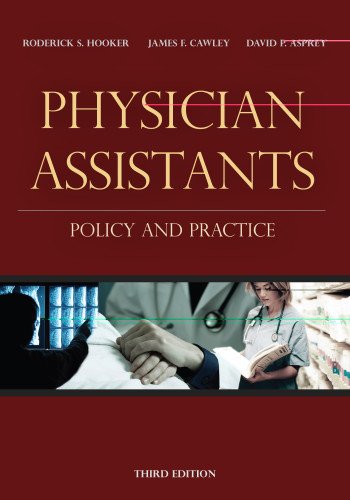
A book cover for Physician Assistants: Policy and Practice; Roderick S. Hooker PhD  PA; Medical Books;